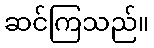
ဆင်ကြသည်။